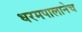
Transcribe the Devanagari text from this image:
धरमपालानेच